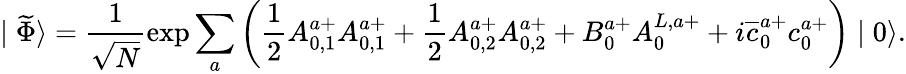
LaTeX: \mid\widetilde{\Phi}\rangle=\frac 1{\sqrt{N}}\exp\sum_{a}\left(\frac 12A_{0,1}^{a+}A_{0,1}^{a+}+\frac 12A_{0,2}^{a+}A_{0,2}^{a+}+B_{0}^{a+}A_{0}^{L,a+}+i\overline{{{c}}}_{0}^{a+}c_{0}^{a+}\right)\mid 0\rangle.